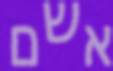
אשם